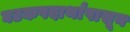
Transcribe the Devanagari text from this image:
घटकपदार्थांपासून